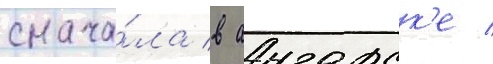
снача́ла в ангарск'е /